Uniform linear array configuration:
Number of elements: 4
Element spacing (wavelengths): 0.75
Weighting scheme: uniform
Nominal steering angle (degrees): -60
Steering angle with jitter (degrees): -58.424
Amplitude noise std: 0.05
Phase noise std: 0.05

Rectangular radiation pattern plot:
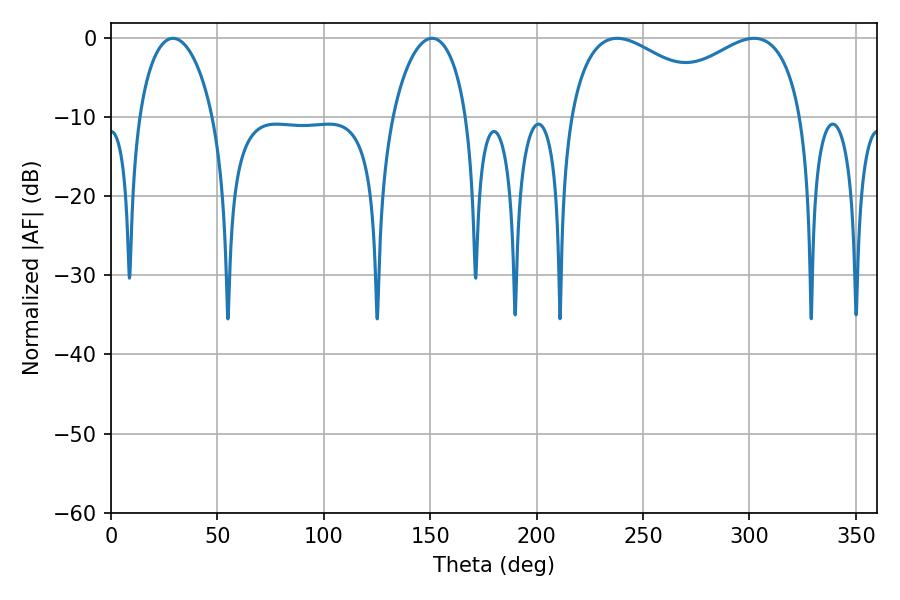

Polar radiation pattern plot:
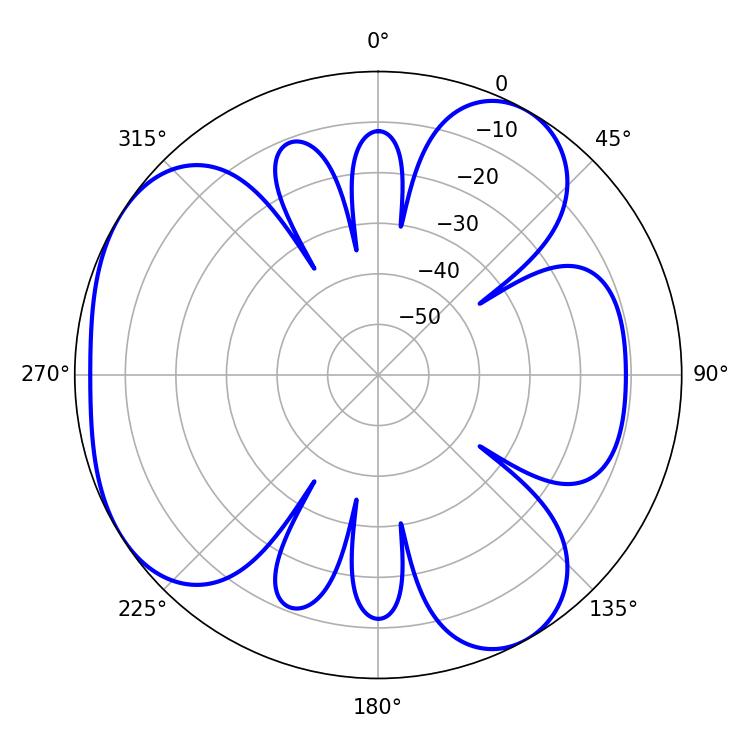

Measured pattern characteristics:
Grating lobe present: TRUE
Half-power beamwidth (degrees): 19.98
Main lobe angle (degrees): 29.16